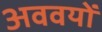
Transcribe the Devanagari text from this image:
अववयों